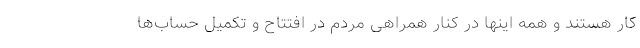
کار هستند و همه اینها در کنار همراهی مردم در افتتاح و تکمیل حساب‌ها